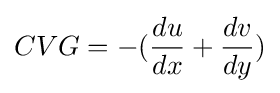
CVG=-({\frac {du}{dx}}+{\frac {dv}{dy}})